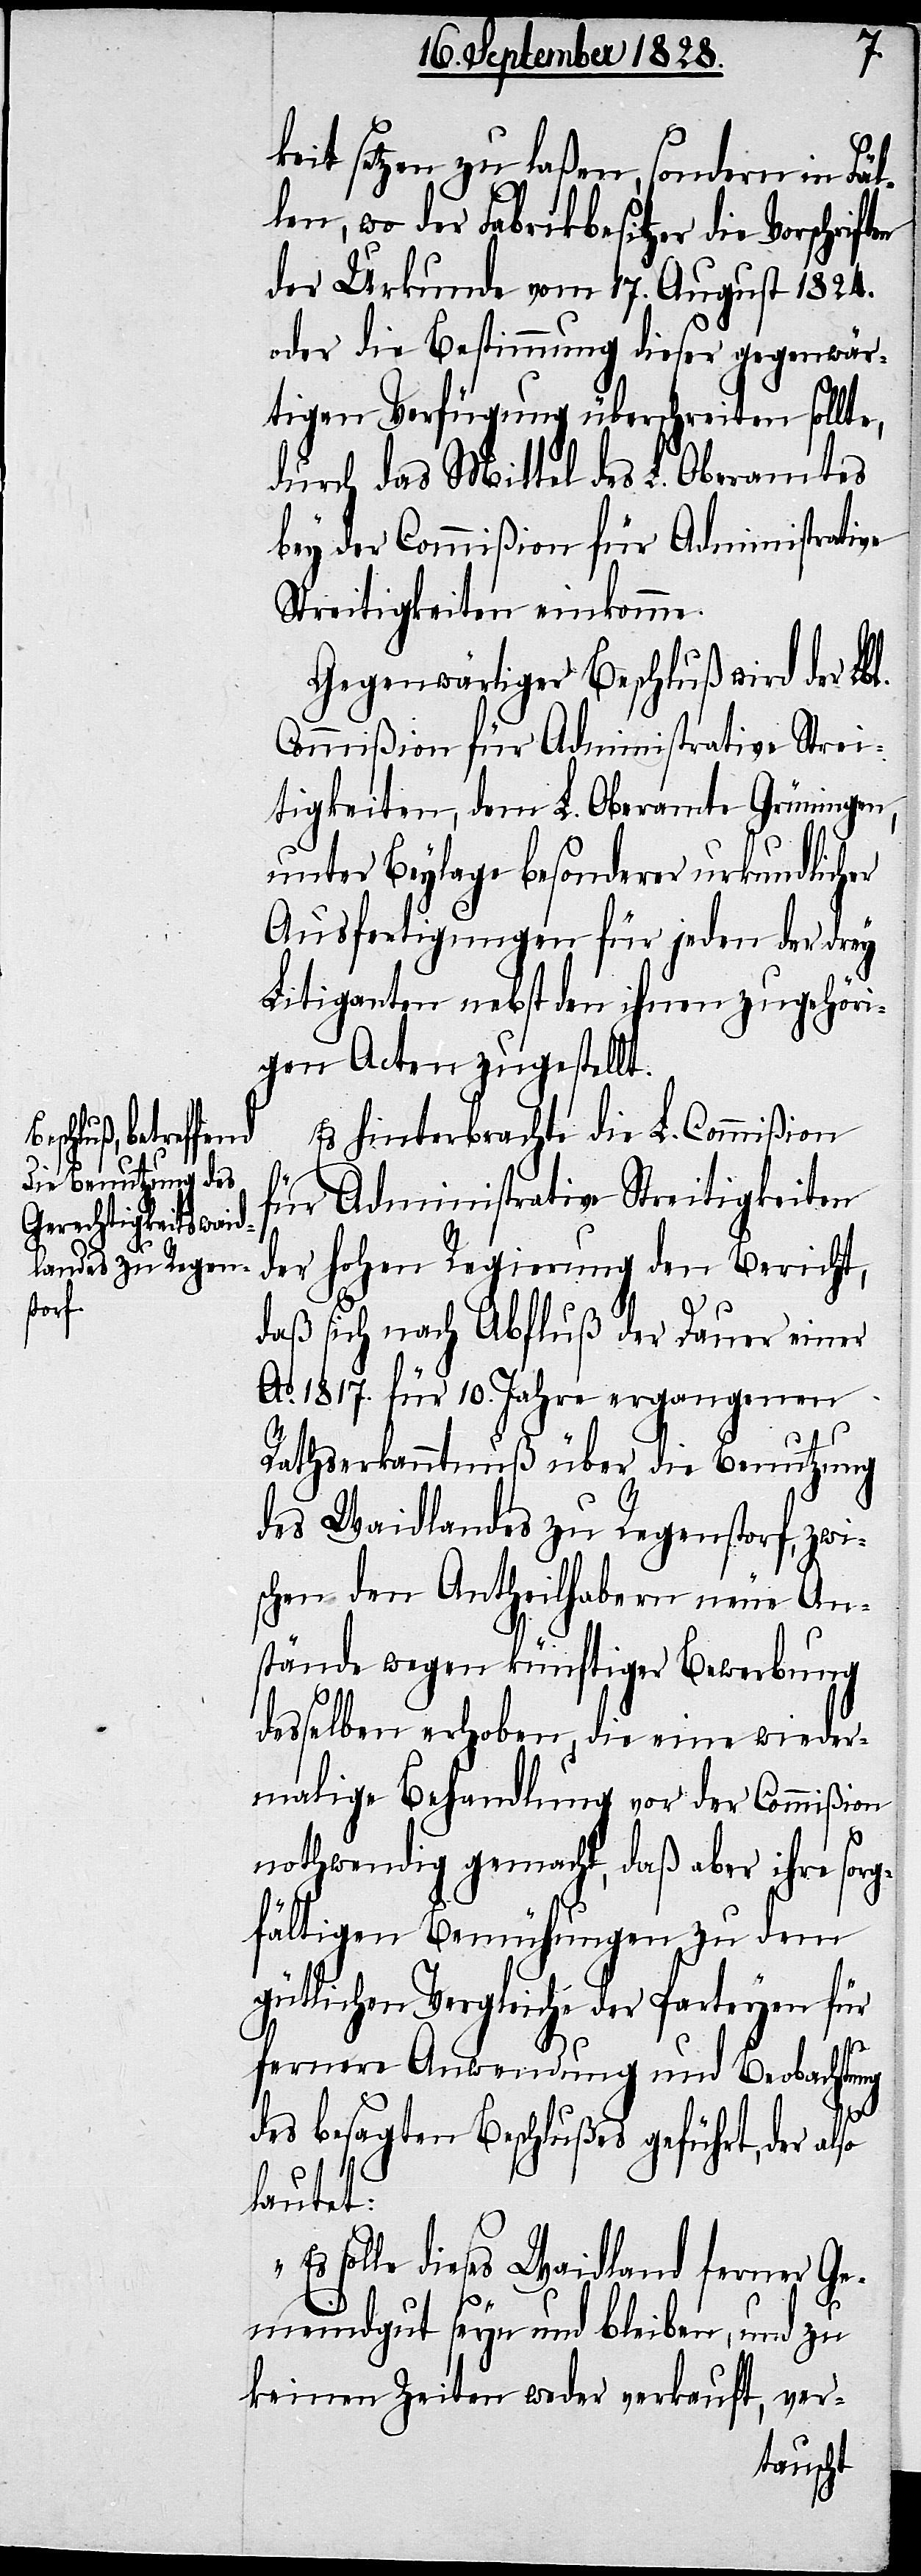
keit setzen zu laßen, sondern in Fäl¬
len, wo der Fabrikbesitzer die Vorschri¬
der Urkunde vom 17. August 1824.
oder die Bestimmung dieser gegenwär¬
tigen Verfügung überschreiten sollte,
durch das Mittel des L. Oberamtes
bey der Commißion für Administrative
Streitigkeiten einkomme.
Gegenwärtiger Beschluß wird der L.
Commißion für Administrative Strei¬
tigkeiten, dem L. Oberamte Grüningen,
unter Beylage besonderer urkundlich¬
Ausfertigungen für jeden der drey
Litiganten nebst den ihnen zugehöri¬
gen Acten zugestellt.
Es hinterbrachte die L. Commißion
für Administrative Streitigkeiten
der hohen Regierung den Bericht,
daß sich nach Abfluß der Dauer einer
Ao. 1817. für 10. Jahre ergangenen
Rathserkanntnuß über die Benutzung
des Waidlandes zu Regenstorf, zwi¬
schen den Antheilhabern neue An¬
stände wegen künftiger Bewerbung
desselben erhoben, die eine wieder¬
malige Behandlung vor der Commißion
so
nothwendig gemacht, daß aber ihre sorg¬
fältigen Bemühungen zu dem
gütlichen Vergleiche der Parteyen für
ften
fernere Anwendung und Beobachtung
des besagten Beschlußes geführt, der al¬
lautet:
solle dieses Waidland ferner Ge¬
meindgut seyn und bleiben, und zu
keinen Zeiten weder verkauft, ver-